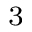
^ 3